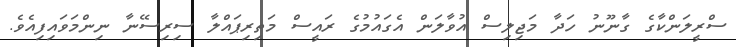
ސްރީލަންކާގެ ގާނޫނު ހަދާ މަޖިލިސް އުވާލަން އެގައުމުގެ ރައީސް މަތިރިޕައްލާ ސިރިސޭނާ ނިންމަވައިފިއެވެ.